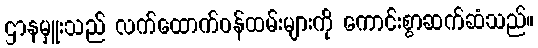
ဌာနမှူးသည် လက်ထောက်ဝန်ထမ်းများကို ကောင်းစွာဆက်ဆံသည်။